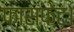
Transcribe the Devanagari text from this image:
फास्फेट।